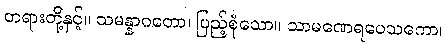
တရားတို့နှင့်။ သမန္နာဂတော၊ ပြည့်စုံသော။ သာမဏေရပေသကော၊